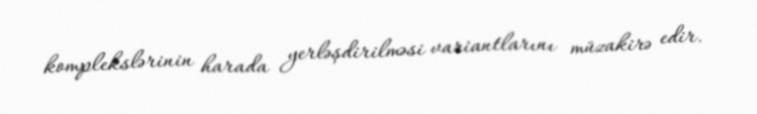
komplekslərinin harada yerləşdirilməsi variantlarını müzakirə edir.